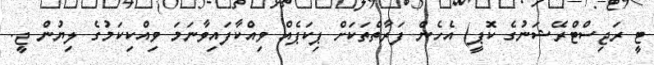
ޓީ ރަޖިސްޓްރޭޝަނުގެ ކޮޕީ) އެހެން ފަރާތްތަކަށް ޕިކަޕެއް ވިއްކާފައިވާނަމަ ވިއްކިކަމުގެ ލިޔުން ޖީ.